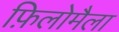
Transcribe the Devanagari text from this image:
फ़िलोमैला